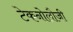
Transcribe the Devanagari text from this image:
टेकनोलौजी